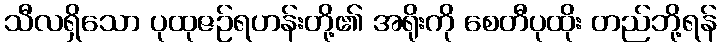
သီလရှိသော ပုထုဇဉ်ရဟန်းတို့၏ အရိုးကို စေတီပုထိုး တည်ဘို့ရန်